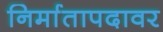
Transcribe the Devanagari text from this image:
निर्मातापदावर